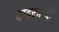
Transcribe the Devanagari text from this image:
दाइक्तान्दो